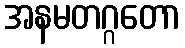
အနမတဂ္ဂတော